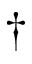
\dagger